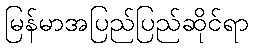
မြန်မာအပြည်ပြည်ဆိုင်ရာ